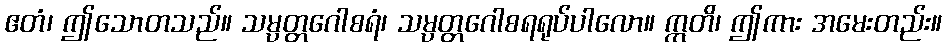
ဧတံ၊ ဤသောတသည်။ သမ္ပတ္တဂေါစရံ၊ သမ္ပတ္တဂေါစရရုပ်ပါလော။ ဣတိ၊ ဤကား အမေးတည်း။